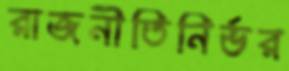
রাজনীতিনির্ভর